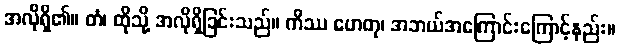
အလိုရှိ၏။ တံ၊ ထိုသို့ အလိုရှိခြင်းသည်။ ကိဿ ဟေတု၊ အဘယ်အကြောင်းကြောင့်နည်း။